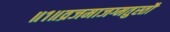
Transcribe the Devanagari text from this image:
॥१॥व्रजमाजग्मतुस्तौ